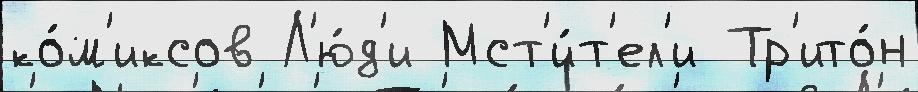
ко́м'иксов Л'ю́д'и Мст'и́т'ел'и Тр'ито́н